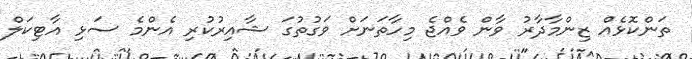
ތަންކޮޅެއް ޒިންމާދާރު ވާން ވެއްޖެ މިހާތަނަށް ވަގުތުގަ ޝާއިރުކުރި އެންމެ ސަޅި އާޓިކަލް